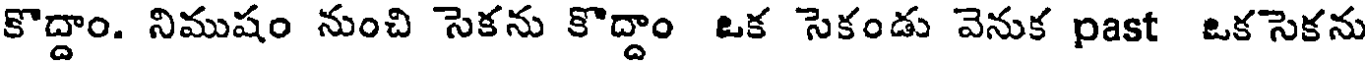
కొద్దాం. నిముషం నుంచి సెకను కొద్దాం ఒక సెకండు వెనుక past ఒక సెకను